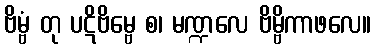
ဗိမ္ဗံ တု ပဋိဗိမ္ဗေ စ၊ မဏ္ဍလေ ဗိမ္ဗိကာဖလေ။